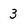
Character: 3